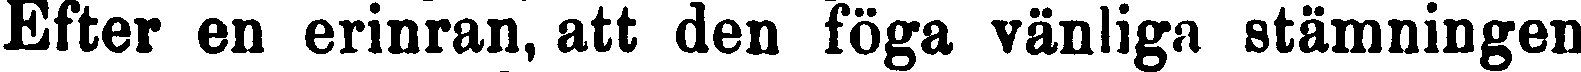
Efter en erinran, att den föga vänliga stämningen